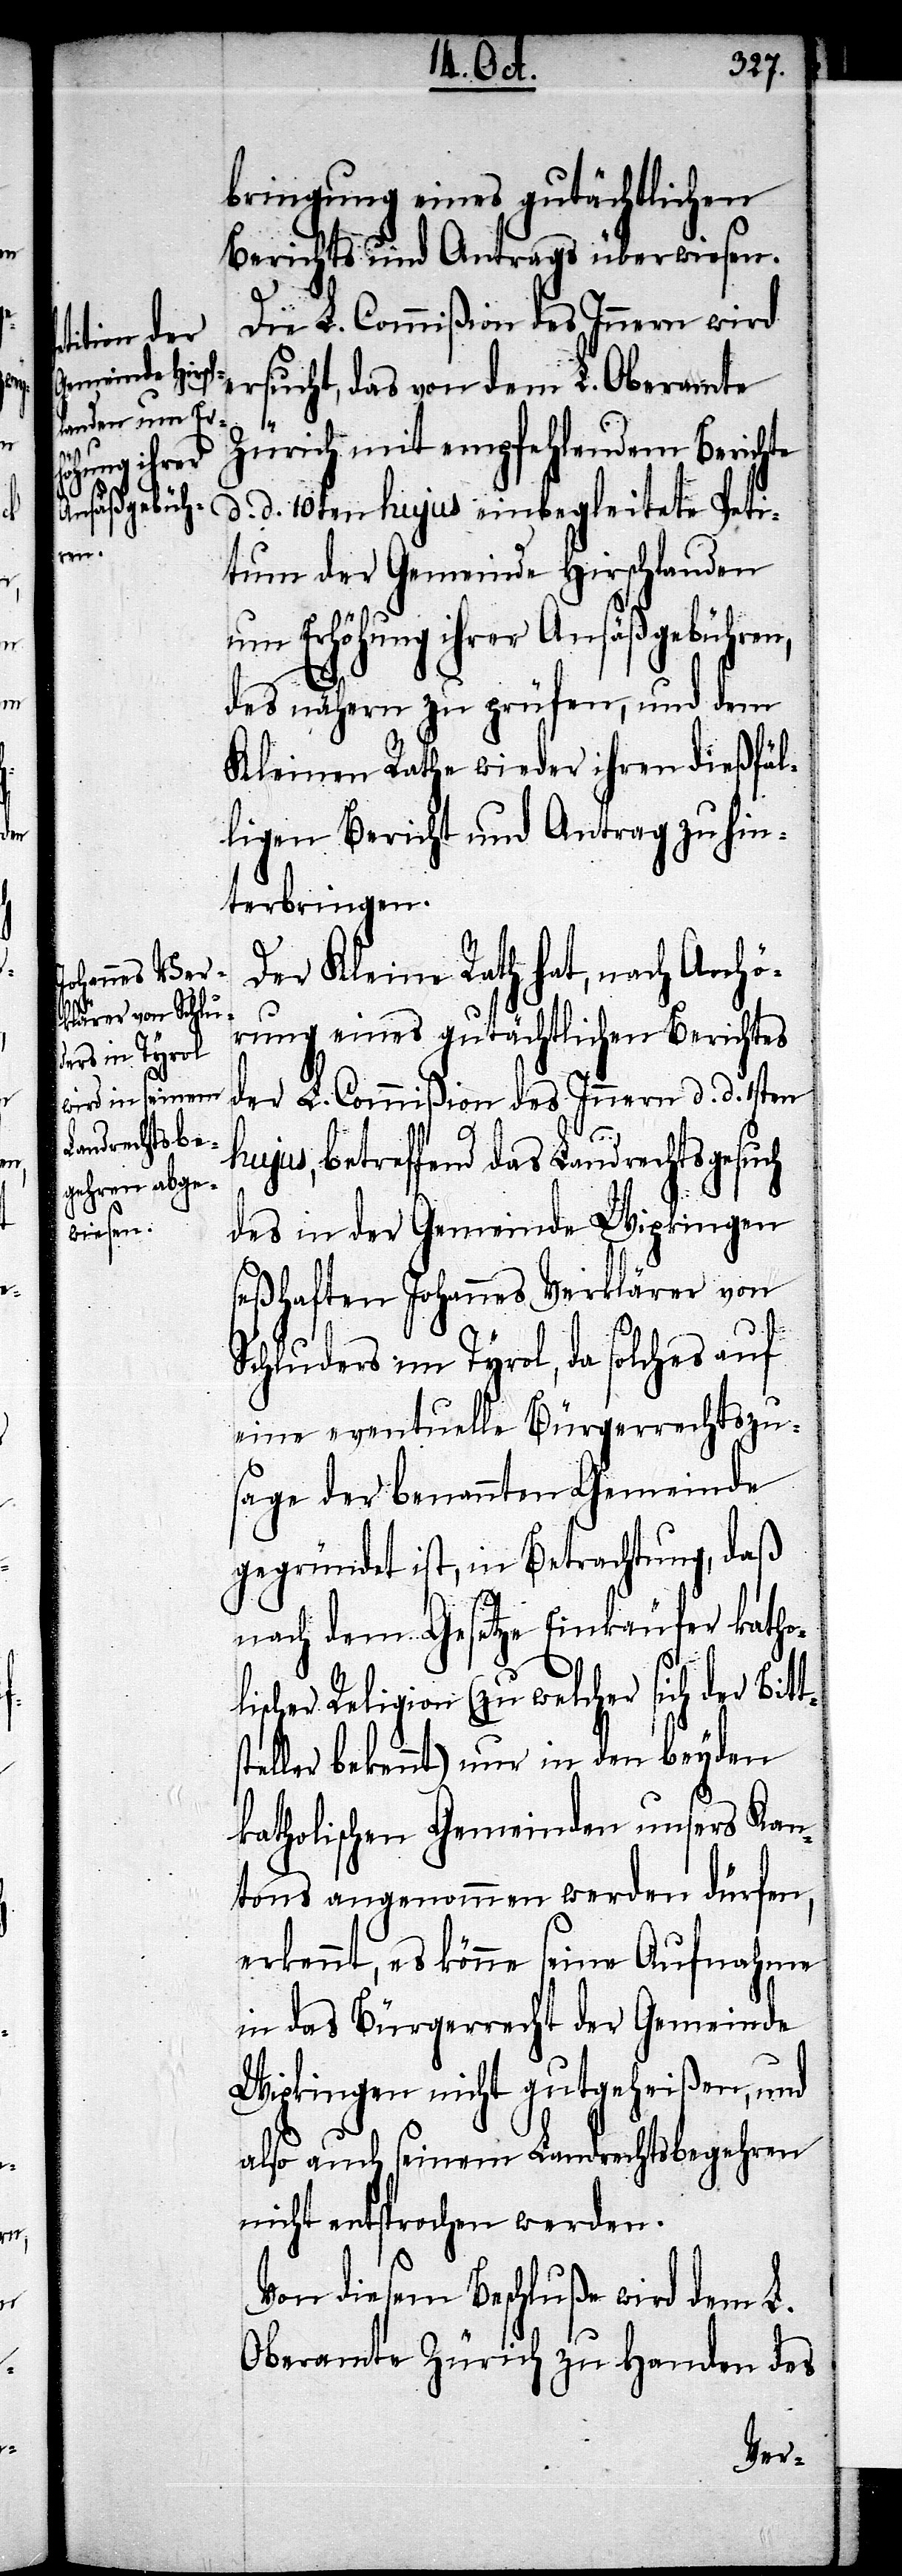
L.

gehren des
Königreich
und
andrechtsbe¬

bringung eines gutächtlichen
Berichts und Antrags überwiesen.
Die L. Commißion des Innern wird
ersucht, das von dem L. Oberamte
Zürich mit empfehlendem Berichte
d. d. 10ten hujus einbegleitete Peti¬
tum der Gemeinde Hirschlanden
um Erhöhung ihrer Ansäßgebühren,
des nähern zu prüfen, und dem
Kleinen Rathe wieder ihren dießfäl¬
ligen Bericht und Antrag zu hin¬
terbringen.
Der Kleine Rath hat, nach Anhö¬
rung eines gutächtlichen Berichtes
der L. Commißion des Innern d. d. 1sten
hujus, betreffend das Landrechtsgesuch
des in der Gemeinde Wipkingen
seßhaften Johannes Verklärer von
Schluders im Tyrol, da solches auf
eine eventuelle Bürgerrechtszu¬
sage der benannten Gemeinde
gegründet ist, in Betrachtung, daß
nach dem Gesetze Einkäufer katho¬
lischer Religion (zu welcher sich der Bitt¬
steller bekennt) nur in den beyden
katholischen Gemeinden unsers Kan¬
tons angenommen werden dürfen,
erkennt, es könne seine Aufnahme
in das Bürgerrecht der Gemeinde
Wipkingen nicht gutgeheißen, und
also auch seinem Landrechtsbegehren
nicht entsprochen werden.
Von diesem Beschluße wird dem L.
Oberamte Zürich zu Handen des